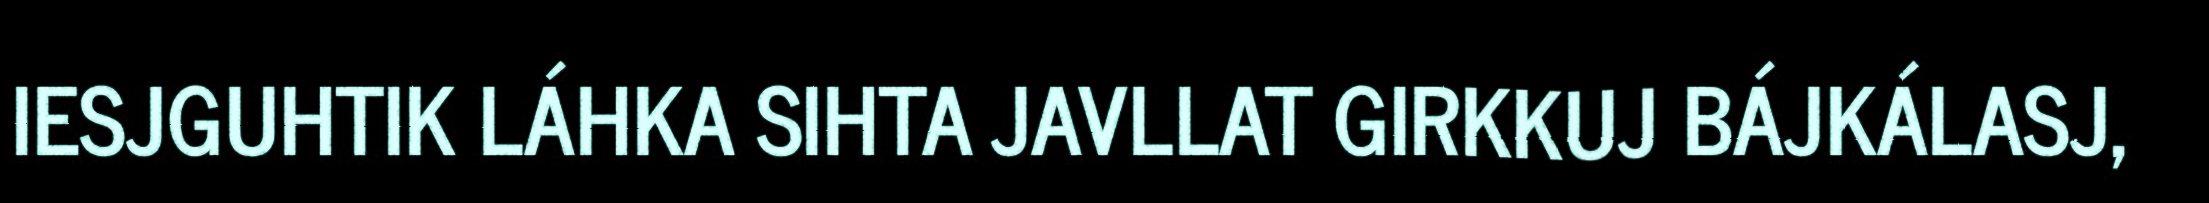
IESJGUHTIK LÁHKA SIHTA JAVLLAT GIRKKUJ BÁJKÁLASJ,